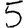
Digit: 5